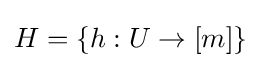
H=\{h:U\to [m]\}